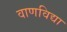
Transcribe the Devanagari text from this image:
वाणविद्या